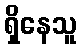
ရှိနေသူ